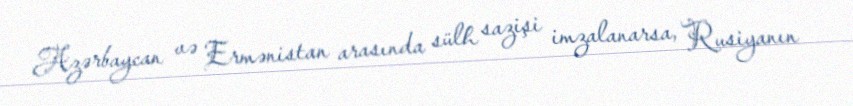
Azərbaycan və Ermənistan arasında sülh sazişi imzalanarsa, Rusiyanın